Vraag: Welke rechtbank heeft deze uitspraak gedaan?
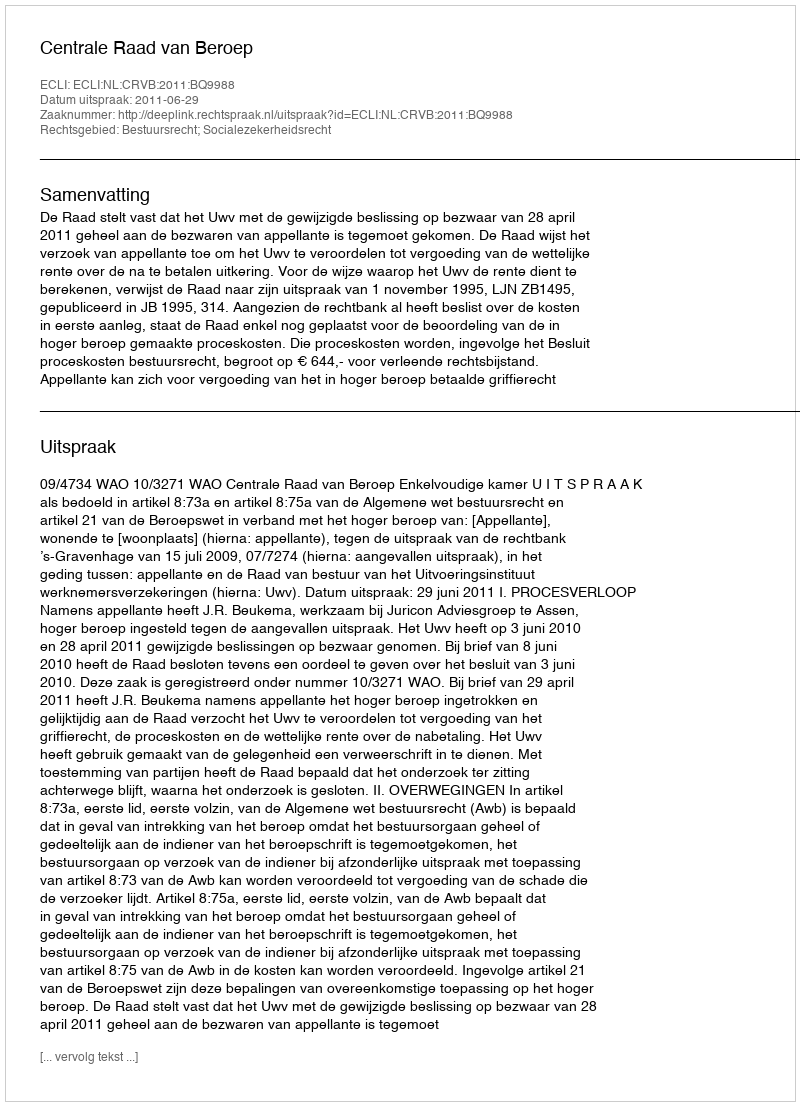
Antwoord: Centrale Raad van Beroep